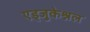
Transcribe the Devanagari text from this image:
एड्जुकेश्नल